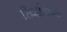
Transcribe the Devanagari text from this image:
सिद्धांताकडे